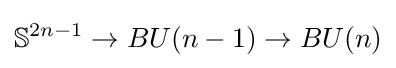
\mathbb {S} ^{2n-1}\to BU(n-1)\to BU(n)